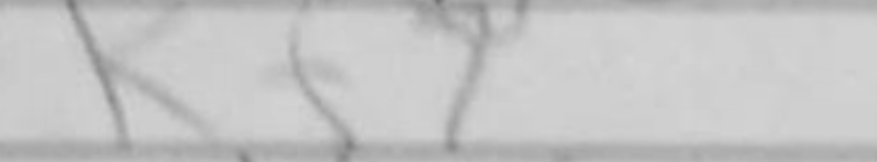
Transcription: Kf7